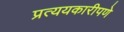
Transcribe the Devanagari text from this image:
प्रत्ययकारीपणे